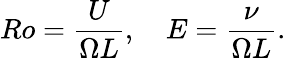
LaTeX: Ro=\frac{U}{\Omega L},\quad E=\frac{\nu}{\Omega L}.